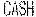
CASH